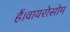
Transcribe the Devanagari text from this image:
हैं।वायरोसोम